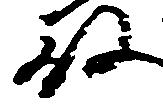
殿